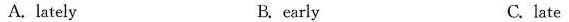
A. lately B. early C. late